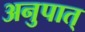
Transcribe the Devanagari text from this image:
अनुपात्